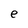
Character: e